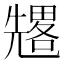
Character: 𠓀